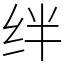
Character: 绊